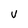
Character: U